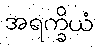
အရက္ခိယံ